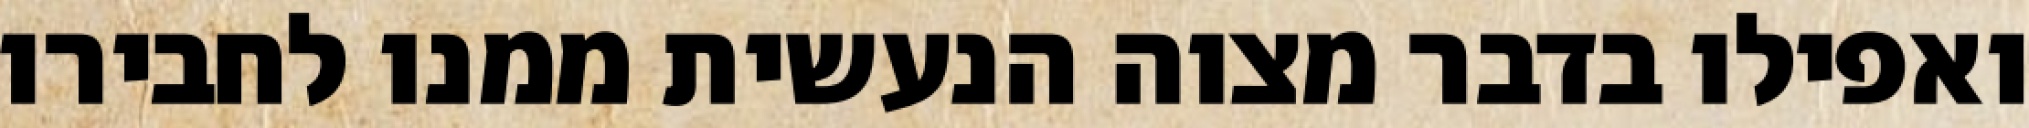
ואפילו בדבר מצוה הנעשית ממנו לחבירו